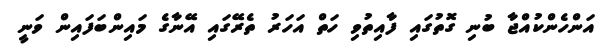
އަންހެންކުއްޖާ ބުނި ގޮތުގައި ފާއިތުވި ހަތް އަހަރު ތެރޭގައި އޭނާގެ މައިންބަފައިން ވަނީ